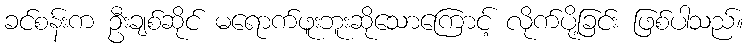
ခင်စန်းက ဦးချစ်ဆိုင် မရောက်ဖူးဘူးဆိုသောကြောင့် လိုက်ပို့ခြင်း ဖြစ်ပါသည်။